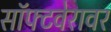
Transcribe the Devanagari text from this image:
सॉफ्टवेरावर